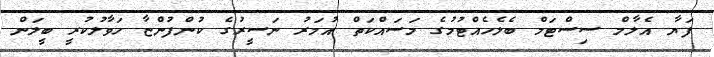
ފަޔާ އެލާމް ސިސްޓަމް ބެލެހެއްޓުމުގެ މަސައްކަތް އުމަރު ނަސީރުގެ ކުންފުންޏާ ހަވާލުކުރީ ބީލަން